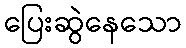
ပြေးဆွဲနေသော